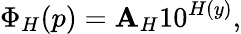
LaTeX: \Phi_{H}(p)=\mathbf{A}_{H}10^{H(y)},